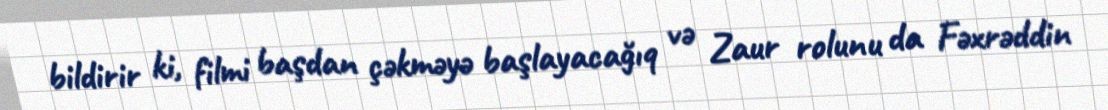
bildirir ki, filmi başdan çəkməyə başlayacağıq və Zaur rolunu da Fəxrəddin